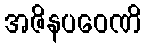
အဇိနပဝေဏိ